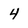
Character: 4